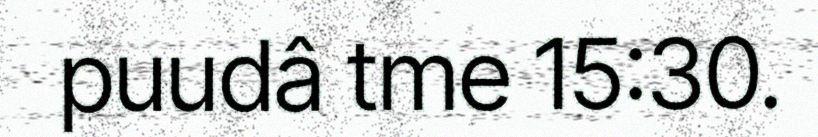
puudâ tme 15:30.